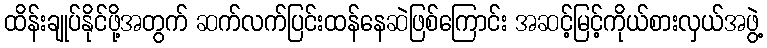
ထိန်းချုပ်နိုင်ဖို့အတွက် ဆက်လက်ပြင်းထန်နေဆဲဖြစ်ကြောင်း အဆင့်မြင့်ကိုယ်စားလှယ်အဖွဲ့